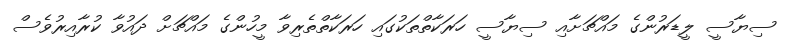
ސިޔާސީ ލީޑަރުންގެ މައްޗަށާއި ސިޔާސީ ހަރަކާތްތަކުގައި ހަރަކާތްތެރިވާ މީހުންގެ މައްޗަށް ދައުވާ ކުރާއިރުވެސް